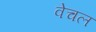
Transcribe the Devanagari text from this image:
वेचल